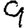
Digit: 9